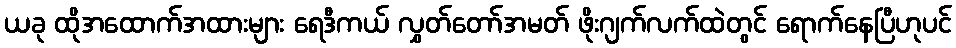
ယခု ထိုအထောက်အထားများ ရေဒီကယ် လွှတ်တော်အမတ် ဖိုးဂျက်လက်ထဲတွင် ရောက်နေပြီဟုပင်